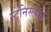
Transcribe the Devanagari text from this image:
स्टेनिस्लॉस